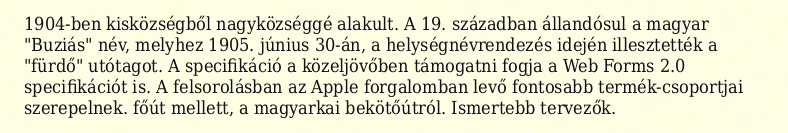
1904-ben kisközségből nagyközséggé alakult. A 19. században állandósul a magyar "Buziás" név, melyhez 1905. június 30-án, a helységnévrendezés idején illesztették a "fürdő" utótagot. A specifikáció a közeljövőben támogatni fogja a Web Forms 2.0 specifikációt is. A felsorolásban az Apple forgalomban levő fontosabb termék-csoportjai szerepelnek. főút mellett, a magyarkai bekötőútról. Ismertebb tervezők.